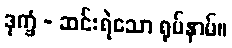
ဒုက္ခံ - ဆင်းရဲသော ရုပ်နာမ်။